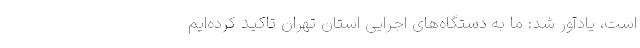
است، یادآور شد: ما به دستگاه‌های اجرایی استان تهران تاکید کرده‌ایم